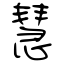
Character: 慧